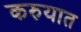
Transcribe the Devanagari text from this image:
करुयात